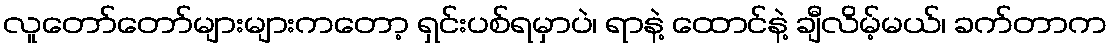
လူတော်တော်များများကတော့ ရှင်းပစ်ရမှာပဲ၊ ရာနဲ့ ထောင်နဲ့ ချီလိမ့်မယ်၊ ခက်တာက